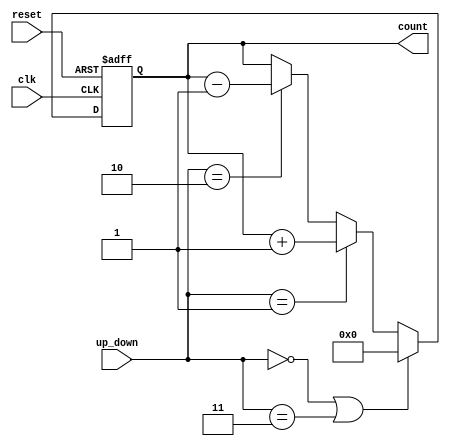
/*
** Verilog code for 32-bit updown counter	
**	   Hetaswi Vankani (hetaswi@vt.edu)  
*/

`timescale 1ns/1ps

module updown_counter ( count, up_down, clk, reset );
	output [31:0]	count;
	input [1:0] 	up_down;
  	input 			clk, reset;

	reg [31:0]	count;
	always @ (posedge clk or posedge reset)
		if (reset == 1) count <= 32'b0;
		else if (up_down == 2'b00 || up_down == 2'b11) count <= 32'b0;
		else if (up_down == 2'b01) count <= count + 1;
		else if (up_down == 2'b10) count <= count - 1;

endmodule